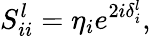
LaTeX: {S}_{ii}^{l}={\eta}_{i}e^{2i{\delta}_{i}^{l}},